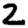
Digit: 2